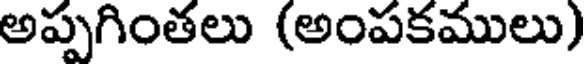
అప్పగింతలు (అంపకములు)